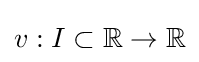
v:I\subset \mathbb {R} \to \mathbb {R}